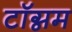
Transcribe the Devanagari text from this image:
टॉग्नम